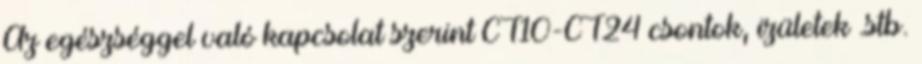
Az egészséggel való kapcsolat szerint CT10-CT24 csontok, izületek .stb.